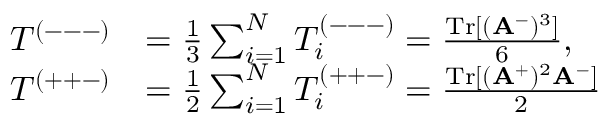
\begin{array} { r l } { T ^ { ( --- ) } } & { = \frac { 1 } { 3 } \sum _ { i = 1 } ^ { N } T _ { i } ^ { ( --- ) } = \frac { \mathrm { T r } [ ( \mathbf { A } ^ { - } ) ^ { 3 } ] } { 6 } , } \\ { T ^ { ( + + - ) } } & { = \frac { 1 } { 2 } \sum _ { i = 1 } ^ { N } T _ { i } ^ { ( + + - ) } = \frac { \mathrm { T r } [ ( \mathbf { A } ^ { + } ) ^ { 2 } \mathbf { A } ^ { - } ] } { 2 } } \end{array}